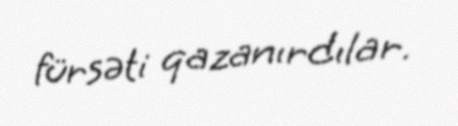
fürsəti qazanırdılar.